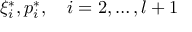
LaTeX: { \xi } _ { i } ^ { \ast } , { p } _ { i } ^ { \ast } , \quad i = 2 , \dots , l + 1